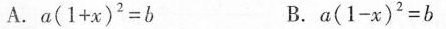
A.$$a ( 1 + x ) ^ { 2 } = b$$ B.$$a ( 1 - x ) ^ { 2 } = b$$